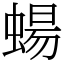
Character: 蝪